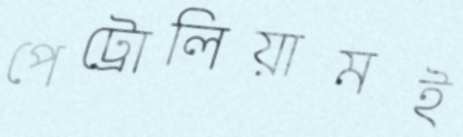
পেট্রোলিয়ামই